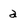
Character: a